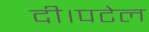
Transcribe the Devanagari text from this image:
दी।पटेल